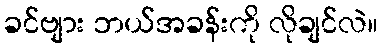
ခင်ဗျား ဘယ်အခန်းကို လိုချင်လဲ။